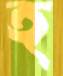
হ